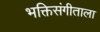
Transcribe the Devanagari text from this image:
भक्तिसंगीताला